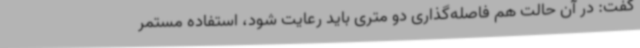
گفت: در آن حالت هم فاصله‌گذاری دو متری باید رعایت شود، استفاده مستمر